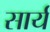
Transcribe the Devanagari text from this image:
सार्य